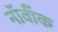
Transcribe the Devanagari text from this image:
नॉर्वॉक